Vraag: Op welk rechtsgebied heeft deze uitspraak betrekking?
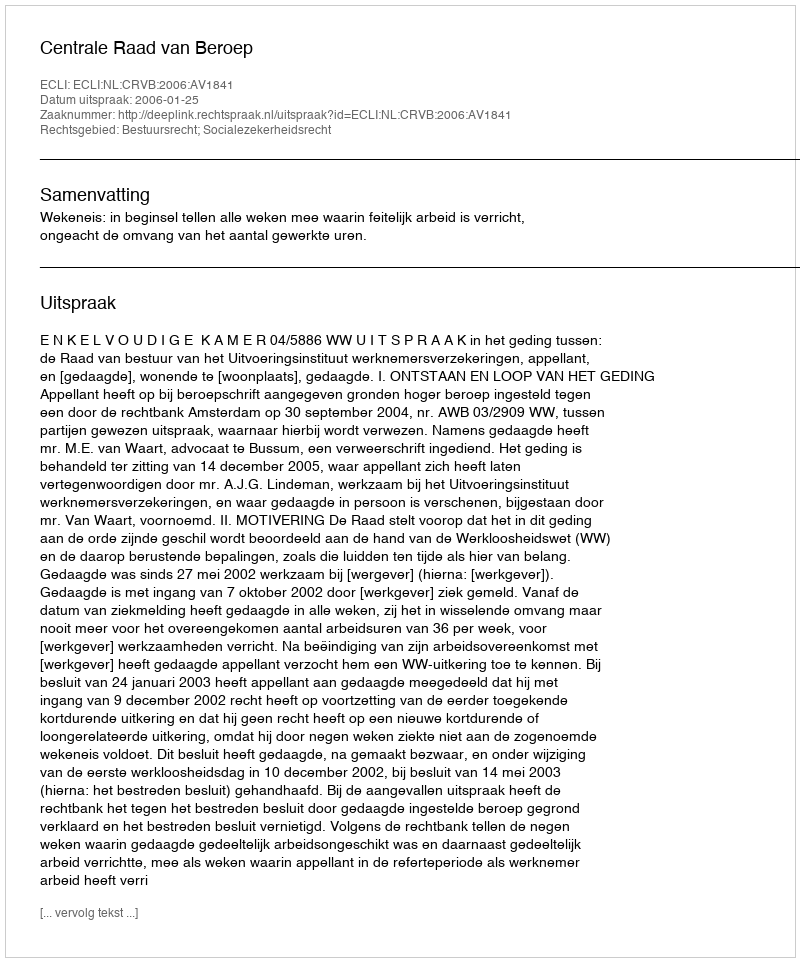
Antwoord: Bestuursrecht; Socialezekerheidsrecht